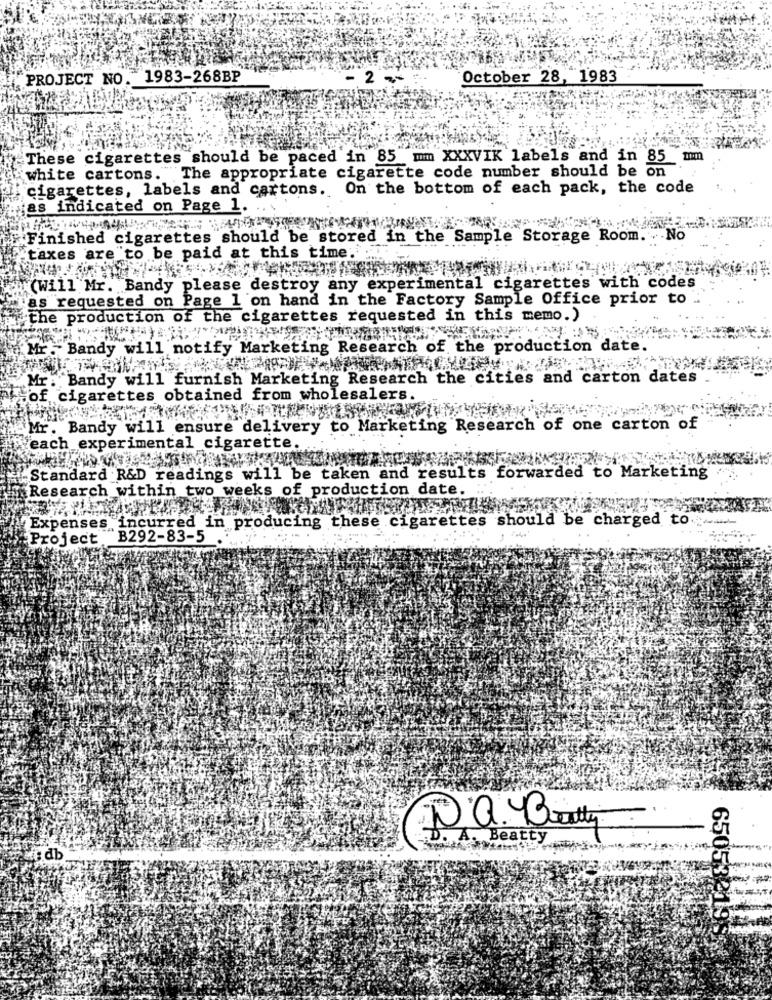
PROJECT NO. 1983-268BP
- 2 --
October 28, 1983
These cigarettes should be paced in 85 mm XXXVIK labels and in 85 mm
white cartons. The appropriate cigarette code number should be on
cigarettes, labels and cartons. On the bottom of each pack, the code
as indicated on Page 1.
SAINTS
Finished cigarettes should be stored in the Sample Storage Room. .. No
taxes are to be paid at this time.
(Will Mr. Bandy please destroy any experimental cigarettes with codes
as requested on Page l'on hand in the Factory Sample Office prior to
"the production of the cigarettes requested in this memo.)
Mr: Bandy will notify Marketing Research of the production date.
Mr. Bandy will furnish Marketing Research the cities and carton dates
of cigarettes obtained from wholesalers.
Mr. Bandy will ensure delivery to Marketing Research of one carton of
each experimental cigarette.
Standard R&D readings will be taken and results forwarded to Marketing
Research within two weeks of production date.
Expenses incurred in producing these cigarettes should be charged to.
Project
B292-83-5
Ja. Bally
B. A. Beatty
;db
65053219